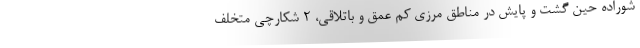
شوراده حین گشت و پایش در مناطق مرزی کم عمق و باتلاقی، ۲ شکارچی متخلف